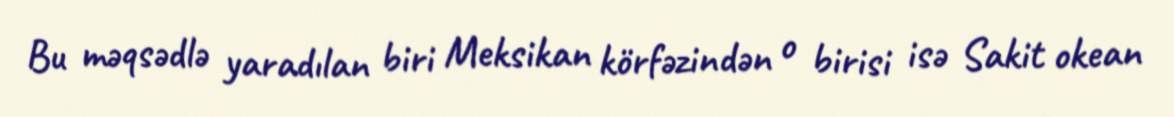
Bu məqsədlə yaradılan biri Meksikan körfəzindən o birisi isə Sakit okean